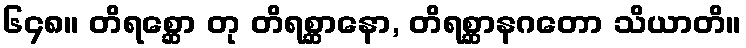
၆၄၈။ တိရစ္ဆော တု တိရစ္ဆာနော, တိရစ္ဆာနဂတော သိယာတိ။